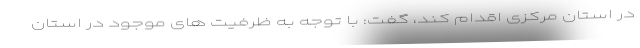
در استان مرکزی اقدام کند، گفت: با توجه به ظرفیت های موجود در استان